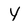
Character: Y